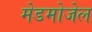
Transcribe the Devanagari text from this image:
मेडमोजेल